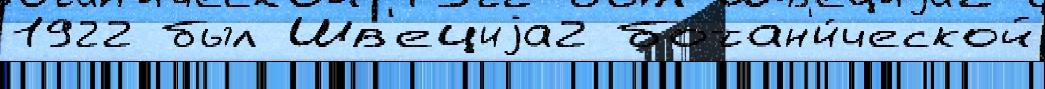
1922 был Шв'ециjа2 ботан'и́ческой